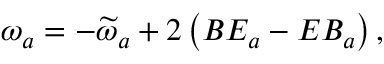
\omega _ { a } = - \widetilde { \omega } _ { a } + 2 \left( B E _ { a } - E B _ { a } \right) ,